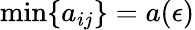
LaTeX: \mathrm{min}\{ a_{ij}\} =a(\epsilon)